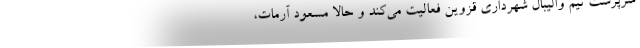
سرپرست تیم والیبال شهرداری قزوین فعالیت می‌کند و حالا مسعود آرمات،